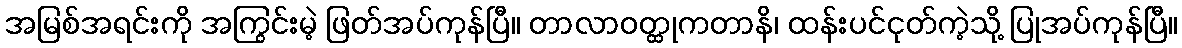
အမြစ်အရင်းကို အကြွင်းမဲ့ ဖြတ်အပ်ကုန်ပြီ။ တာလာဝတ္ထုကတာနိ၊ ထန်းပင်ငုတ်ကဲ့သို့ ပြုအပ်ကုန်ပြီ။